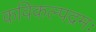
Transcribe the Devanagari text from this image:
कविकल्पद्रमः